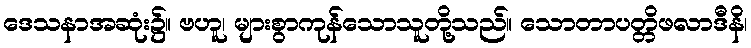
ဒေသနာအဆုံး၌။ ဗဟူ၊ များစွာကုန်သောသူတို့သည်။ သောတာပတ္တိဖလာဒီနိ၊